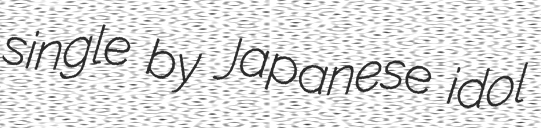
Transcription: single by Japanese idol